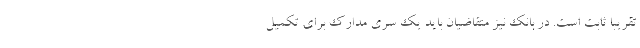
تقریبا ثابت است. در بانک نیز متقاضیان باید یک سری مدارک برای تکمیل